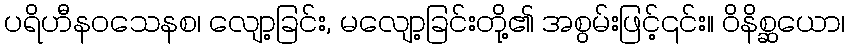
ပရိဟီနဝသေနစ၊ လျော့ခြင်း, မလျော့ခြင်းတို့၏ အစွမ်းဖြင့်၎င်း။ ဝိနိစ္ဆယော၊